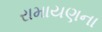
રામાયણના